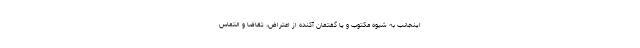
اینجانب به شیوه مکتوب و یا گفتمان آکنده از اعتراض، تقاضا و التماس